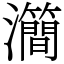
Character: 㶕